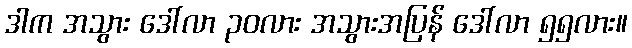
ဒါက အသွား ဒေါ်လာ ၃၀လား အသွားအပြန် ဒေါ်လာ ၅၅လား။